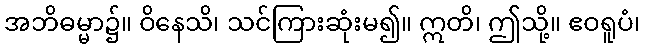
အဘိဓမ္မာ၌။ ဝိနေသိ၊ သင်ကြားဆုံးမ၍။ ဣတိ၊ ဤသို့။ ဧဝရူပံ၊